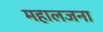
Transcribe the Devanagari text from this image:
महालजना